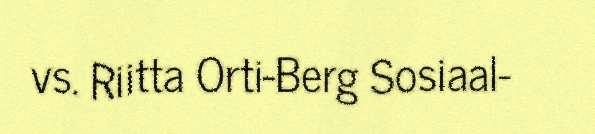
vs. Riitta Orti-Berg Sosiaal-